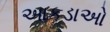
આકડાઓ